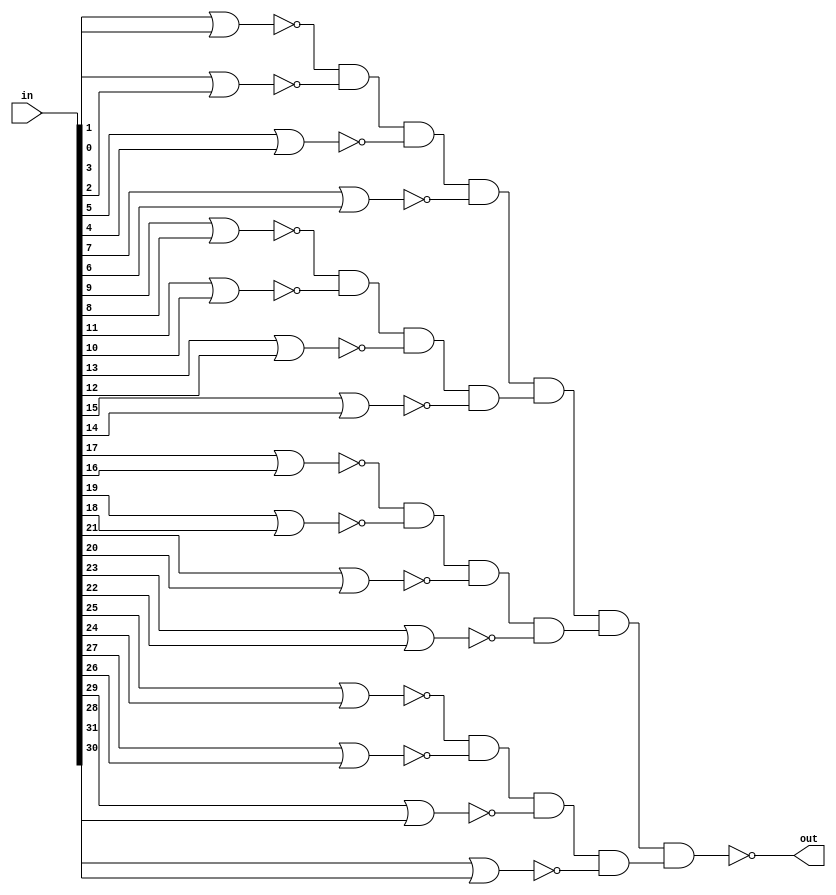
module sparc_exu_aluor32
  (
   out, 
   in
   );
   input [31:0] in;         
   output       out;       
   wire         nor1_1;
   wire         nor1_2;
   wire         nor1_3;
   wire         nor1_4;
   wire         nor1_5;
   wire         nor1_6;
   wire         nor1_7;
   wire         nor1_8;
   wire         nor1_9;
   wire         nor1_10;
   wire         nor1_11;
   wire         nor1_12;
   wire         nor1_13;
   wire         nor1_14;
   wire         nor1_15;
   wire         nor1_16;
   wire         nand2_1;
   wire         nand2_2;
   wire         nand2_3;
   wire         nand2_4;
   wire         inv3_1;
   wire         inv3_2;
   wire         inv3_3;
   wire         inv3_4;
   assign       nor1_1 = ~(in[1] | in[0]);
   assign       nor1_2 = ~(in[3] | in[2]);
   assign       nor1_3 = ~(in[5] | in[4]);
   assign       nor1_4 = ~(in[7] | in[6]);
   assign       nor1_5 = ~(in[9] | in[8]);
   assign       nor1_6 = ~(in[11] | in[10]);
   assign       nor1_7 = ~(in[13] | in[12]);
   assign       nor1_8 = ~(in[15] | in[14]);
   assign       nor1_9 = ~(in[17] | in[16]);
   assign       nor1_10 = ~(in[19] | in[18]);
   assign       nor1_11 = ~(in[21] | in[20]);
   assign       nor1_12 = ~(in[23] | in[22]);
   assign       nor1_13 = ~(in[25] | in[24]);
   assign       nor1_14 = ~(in[27] | in[26]);
   assign       nor1_15 = ~(in[29] | in[28]);
   assign       nor1_16 = ~(in[31] | in[30]);
   assign       nand2_1 = ~(nor1_1 & nor1_2 & nor1_3 & nor1_4);
   assign       nand2_2 = ~(nor1_5 & nor1_6 & nor1_7 & nor1_8);
   assign       nand2_3 = ~(nor1_9 & nor1_10 & nor1_11 & nor1_12);
   assign       nand2_4 = ~(nor1_13 & nor1_14 & nor1_15 & nor1_16);
   assign       inv3_1 = ~nand2_1;
   assign       inv3_2 = ~nand2_2;
   assign       inv3_3 = ~nand2_3;
   assign       inv3_4 = ~nand2_4;
   assign       out = ~(inv3_1 & inv3_2 & inv3_3 & inv3_4);
endmodule